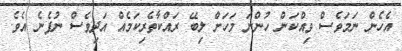
އެހެން ނަމަވެސް ވިއްކަން ހުންނަ މަހަށް ލިބޭ ރައްކާތެރިކަމެއް އަދިވެސް ނުފެނެ އެވެ.